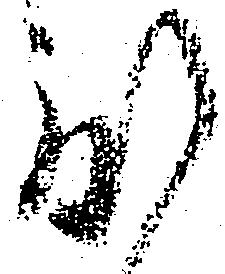
度